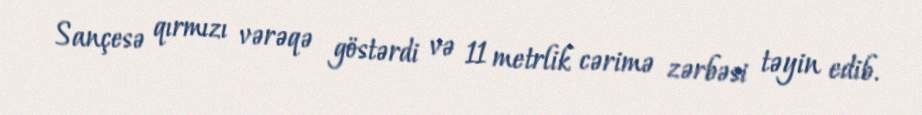
Sançesə qırmızı vərəqə göstərdi və 11 metrlik cərimə zərbəsi təyin edib.